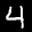
Label: 4